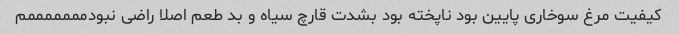
کیفیت مرغ سوخاری پایین بود ناپخته بود بشدت قارچ سیاه و بد طعم اصلا راضی نبودمممممممم